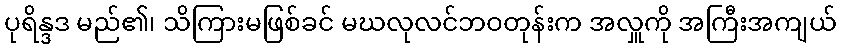
ပုရိန္ဒဒ မည်၏၊ သိကြားမဖြစ်ခင် မဃလုလင်ဘဝတုန်းက အလှူကို အကြီးအကျယ်